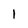
Character: 1